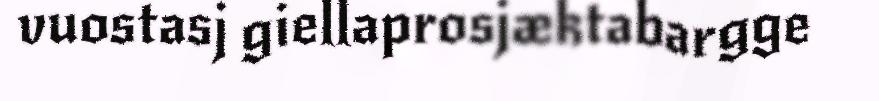
vuostasj giellaprosjæktabargge